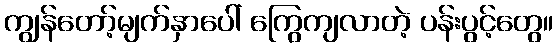
ကျွန်တော့်မျက်နှာပေါ် ကြွေကျလာတဲ့ ပန်းပွင့်တွေ။